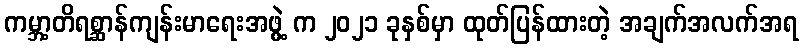
ကမ္ဘာ့တိရစ္ဆာန်ကျန်းမာရေးအဖွဲ့ က ၂၀၂၁ ခုနှစ်မှာ ထုတ်ပြန်ထားတဲ့ အချက်အလက်အရ